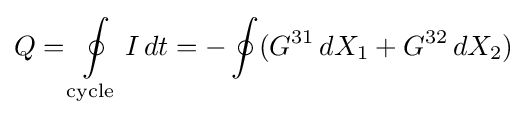
Q=\oint \limits _{\text{cycle}}I\,dt=-\oint (G^{31}\,dX_{1}+G^{32}\,dX_{2})